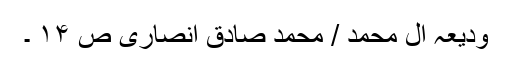
ودیعہ آل محمد / محمد صادق انصاری ص ۱۴ ۔